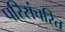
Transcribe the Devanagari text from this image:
परिसंचरित